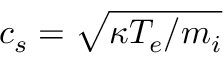
c _ { s } = \sqrt { \kappa T _ { e } / m _ { i } }